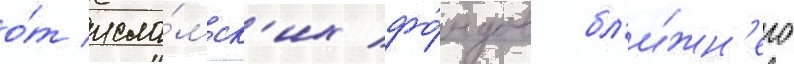
о́т исла́мск'их фо́ндов бл'и́жн'его